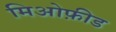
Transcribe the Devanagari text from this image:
मिओफ़ीड